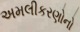
અમલીકરણોનો